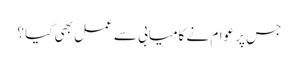
جس پر عوام نے کامیابی سے عمل بھی کیا ؟